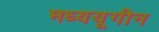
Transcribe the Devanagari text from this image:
मध्ययूगीन